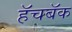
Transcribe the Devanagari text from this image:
हॅचबॅक